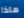
ماذا